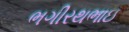
ભગીરથભાઇ